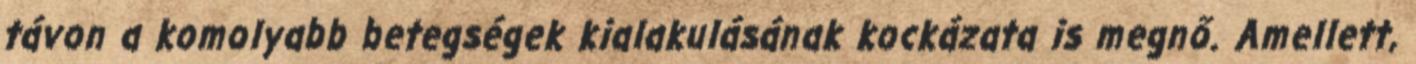
távon a komolyabb betegségek kialakulásának kockázata is megnő. Amellett,